Indian journal of veterinary science and animal husbandry - Volumes 22-23, 1952-1953
Year: 1952
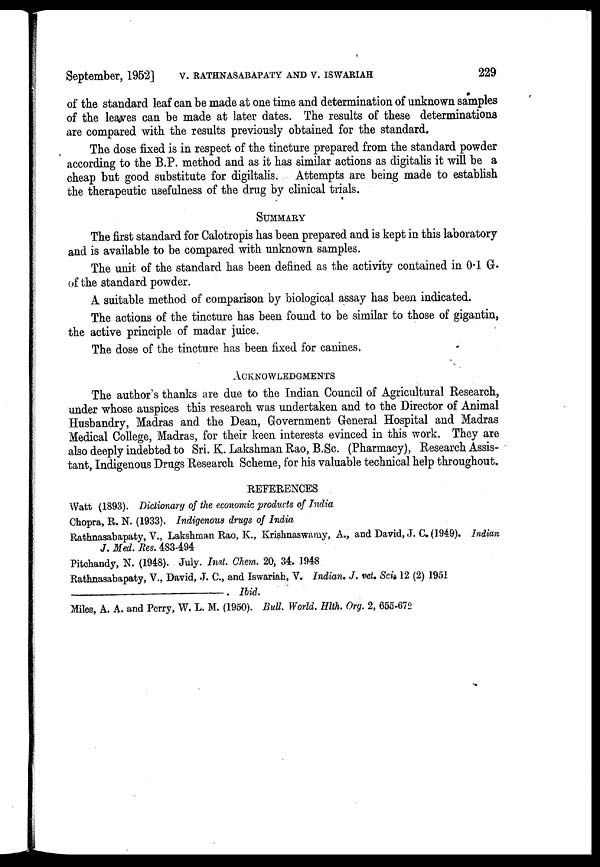
September, 1952] V. RATHNASABAPATY AND V. ISWARIAH 229
of the standard leaf can be made at one time and determination of unknown samples
of the leaves can be made at later dates. The results of these determinations
are compared with the results previously obtained for the standard.
The dose fixed is in respect of the tincture prepared from the standard powder
according to the B.P. method and as it has similar actions as digitalis it will be a
cheap but good substitute for digiltalis. Attempts are being made to establish
the therapeutic usefulness of the drug by clinical trials.
SUMMARY
The first standard for Calotropis has been prepared and is kept in this laboratory
and is available to be compared with unknown samples.
The unit of the standard has been defined as the activity contained in 0.1 G.
of the standard powder.
A suitable method of comparison by biological assay has been indicated.
The actions of the tincture has been found to be similar to those of gigantin,
the active principle of madar juice.
The dose of the tincture has been fixed for canines.
ACKNOWLEDGMENTS
The author's thanks are due to the Indian Council of Agricultural Research,
under whose auspices this research was undertaken and to the Director of Animal
Husbandry, Madras and the Dean, Government General Hospital and Madras
Medical College, Madras, for their keen interests evinced in this work. They are
also deeply indebted to Sri. K. Lakshman Rao, B.Sc (Pharmacy), Research Assis-
tant, Indigenous Drugs Research Scheme, for his valuable technical help throughout.
REFERENCES
Watt (1893). Dictionary of the economic products of India
Chopra, R. N. (1933). Indigenous drugs of India
Rathnasabapaty, V., Lakshman Rao, K., Krishnaswamy, A., and David, J. C. (1949). Indian
J. Med. Res. 483-494
Pitchandy, N. (1948). July. Inst. Chem. 20, 34. 1948
Rathnasabapaty, V., David, J. C., and Iswariah, V. Indian. J. vet. Sci. 12 (2) 1951
—.Ibid.
Miles, A. A. and Perry, W. L. M. (1950). Bull World. Hlth. Org. 2, 655-672